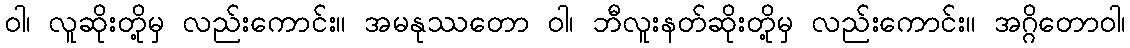
ဝါ၊ လူဆိုးတို့မှ လည်းကောင်း။ အမနုဿတော ဝါ၊ ဘီလူးနတ်ဆိုးတို့မှ လည်းကောင်း။ အဂ္ဂိတောဝါ၊